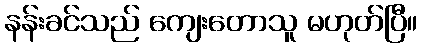
နန်းခင်သည် ကျေးတောသူ မဟုတ်ပြီ။